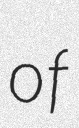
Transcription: of